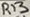
Text: R13